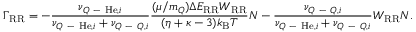
\Gamma _ { \mathrm { R R } } = - \frac { \nu _ { Q \mathrm { ~ - ~ } \mathrm { H e } , i } } { \nu _ { Q \mathrm { ~ - ~ } \mathrm { H e } , i } + \nu _ { Q \mathrm { ~ - ~ } Q , i } } \frac { ( \mu / m _ { Q } ) \Delta E _ { \mathrm { R R } } W _ { \mathrm { R R } } } { ( \eta + \kappa - 3 ) k _ { \mathrm { B } } T } N - \frac { \nu _ { Q \mathrm { ~ - ~ } Q , i } } { \nu _ { Q \mathrm { ~ - ~ } \mathrm { H e } , i } + \nu _ { Q \mathrm { ~ - ~ } Q , i } } W _ { \mathrm { R R } } N .